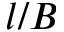
l / B